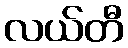
လယ်တီ